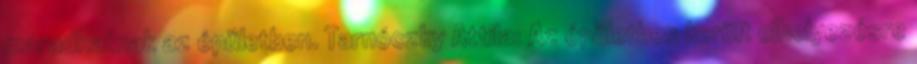
maradhatnak az épületben. Tarnóczky Attila: Az épületben került elhelyezésre